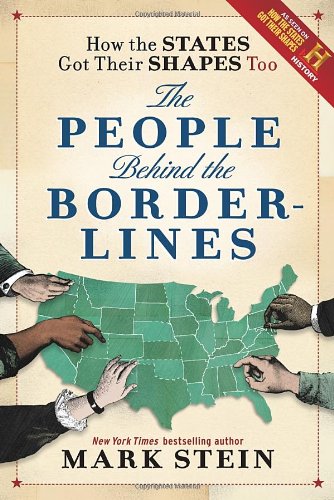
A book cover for How the States Got Their Shapes Too: The People Behind the Borderlines; Mark Stein; History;